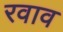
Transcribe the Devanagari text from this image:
रवाव